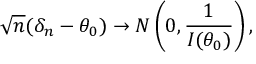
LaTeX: { \sqrt { n } } ( \delta _ { n } - \theta _ { 0 } ) \to N \left( 0 , { \frac { 1 } { I ( \theta _ { 0 } ) } } \right) ,